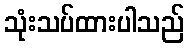
သုံးသပ်ထားပါသည်